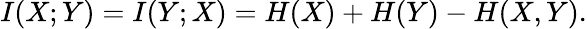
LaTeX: I(X;Y)=I(Y;X)=H(X)+H(Y)-H(X,Y).